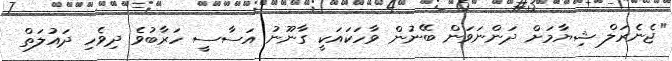
"ޖެނެރަލް ޝިޔާމަށް ދަންނަވަން ބޭނުން ވާހަކައަކީ ގާނޫނު އަސާސީ ހަރާބުވެ ދިވެހި ދައުލަތް